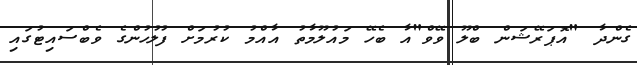
ގެންދާ "އޮޕަރޭޝަން ބްލޫ ވޭވް"އާ ބެހޭ މައުލޫމާތު އާއްމު ކުރުމަށް ފުލުހުންގެ ވެބްސައިޓުގައި